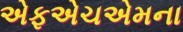
એફએચએમના